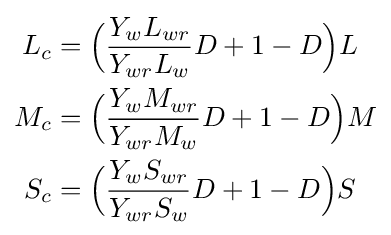
{\begin{aligned}L_{c}&={\Big (}{\frac {Y_{w}L_{wr}}{Y_{wr}L_{w}}}D+1-D{\Big )}L\\M_{c}&={\Big (}{\frac {Y_{w}M_{wr}}{Y_{wr}M_{w}}}D+1-D{\Big )}M\\S_{c}&={\Big (}{\frac {Y_{w}S_{wr}}{Y_{wr}S_{w}}}D+1-D{\Big )}S\\\end{aligned}}